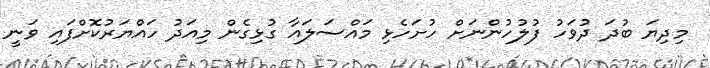
މިދިޔަ ބުދަ ދުވަހު ފުލުހުންނަށް ހުށަހެޅި މައްސަލައާ ގުޅިގެން މިއަދު ހައްޔަރުކޮށްފައި ވަނީ